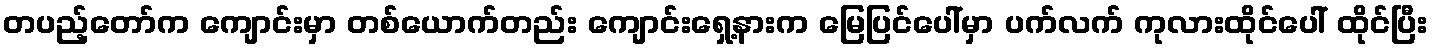
တပည့်တော်က ကျောင်းမှာ တစ်ယောက်တည်း ကျောင်းရှေ့နားက မြေပြင်ပေါ်မှာ ပက်လက် ကုလားထိုင်ပေါ် ထိုင်ပြီး